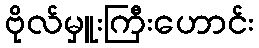
ဗိုလ်မှူးကြီးဟောင်း